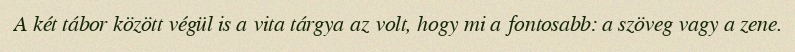
A két tábor között végül is a vita tárgya az volt, hogy mi a fontosabb: a szöveg vagy a zene.